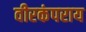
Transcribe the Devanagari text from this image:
वीरकंपराय